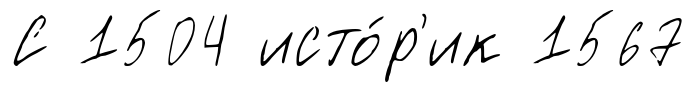
С 1504 исто́р'ик 1567